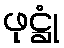
ဖုဋ္ဌုံ